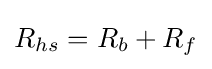
R_{hs}=R_{b}+R_{f}